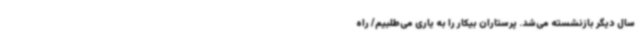
سال دیگر بازنشسته می‌شد. پرستاران بیکار را به یاری می‌طلبیم/ راه‌